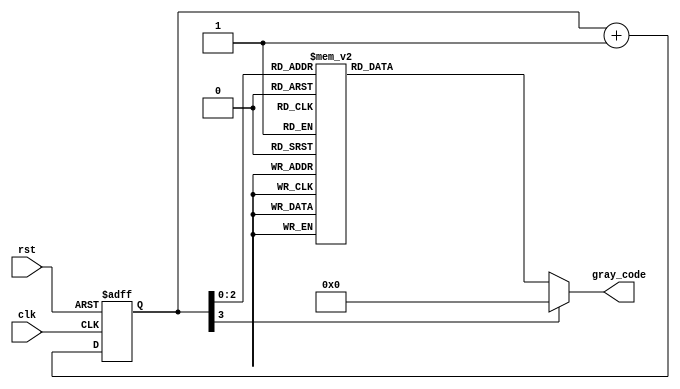
module johnson_gray_counter (
    input wire clk,
    input wire rst,
    output reg [3:0] gray_code
);

reg [3:0] counter;

always @(posedge clk or posedge rst) begin
    if (rst) begin
        counter <= 4'b0000;
    end else begin
        counter <= counter + 1;
    end
end

always @* begin
    case(counter)
        4'b0000: gray_code = 4'b0000;
        4'b0001: gray_code = 4'b0001;
        4'b0010: gray_code = 4'b0011;
        4'b0011: gray_code = 4'b0010;
        4'b0100: gray_code = 4'b0110;
        4'b0101: gray_code = 4'b0111;
        4'b0110: gray_code = 4'b0101;
        4'b0111: gray_code = 4'b0100;
        default: gray_code = 4'b0000;
    endcase
end

endmodule